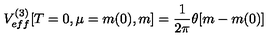
V _ { e f f } ^ { ( 3 ) } [ T = 0 , \mu = m ( 0 ) , m ] = \frac { 1 } { 2 \pi } \theta [ m - m ( 0 ) ]